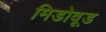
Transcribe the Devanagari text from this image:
मिडोवूड